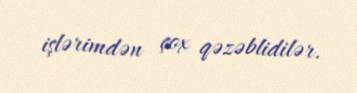
işlərimdən çox qəzəblidilər.